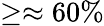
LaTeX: \geq\approx 60\%